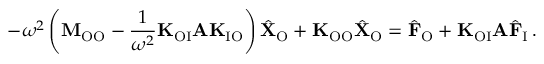
- \omega ^ { 2 } \left( \mathbf { M } _ { \mathrm { O O } } - \frac { 1 } { \omega ^ { 2 } } \mathbf { K } _ { \mathrm { O I } } \mathbf { A } \mathbf { K } _ { \mathrm { I O } } \right) \hat { \mathbf { X } } _ { \mathrm { O } } + \mathbf { K } _ { \mathrm { O O } } \hat { \mathbf { X } } _ { \mathrm { O } } = \hat { \mathbf { F } } _ { \mathrm { O } } + \mathbf { K } _ { \mathrm { O I } } \mathbf { A } \hat { \mathbf { F } } _ { \mathrm { I } } \, .